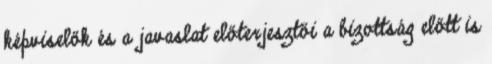
képviselők és a javaslat előterjesztői a bizottság előtt is